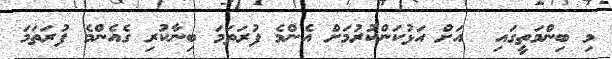
މި ބިންމަތީގައި  އަށް އަޅުކަންކުރުމަށް އެންމެ ފުރަތަމަ ބިނާކުރި ގެއެންމެ ފުރަތަމަ